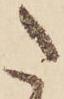
た